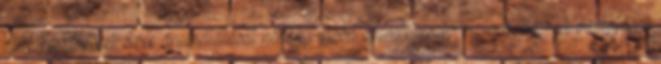
rádiókészülékkel. Ezek áramellátását néhány mobil áramfejlesztő biztosította. A vontatásra